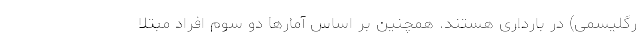
رگلیسمی) در بارداری هستند. همچنین بر اساس آمارها دو سوم افراد مبتلا